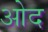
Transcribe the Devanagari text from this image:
ओद